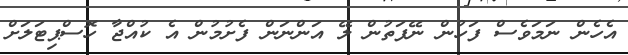
އެހެން ނަމަވެސް ފަހުން ނޭފަތުން ލޭ އަންނަން ފެށުމުން އެ ކުއްޖާ ހޮސްޕިޓަލަށް